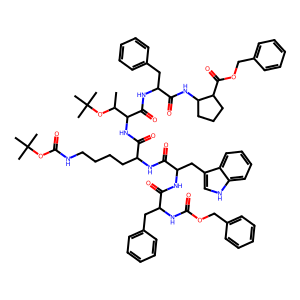
SMILES: CC(OC(C)(C)C)C(NC(=O)C(CCCCNC(=O)OC(C)(C)C)NC(=O)C(Cc1c[nH]c2ccccc12)NC(=O)C(Cc1ccccc1)NC(=O)OCc1ccccc1)C(=O)NC(Cc1ccccc1)C(=O)NC1CCCC1C(=O)OCc1ccccc1
Inhibits HIV replication: No